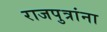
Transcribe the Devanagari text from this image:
राजपुत्रांना